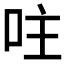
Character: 𠰍